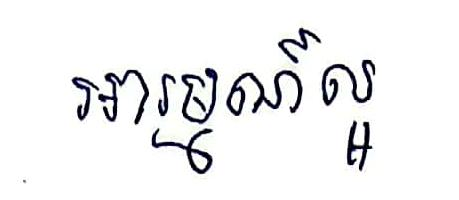
អារម្មណ៍ល្អ